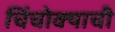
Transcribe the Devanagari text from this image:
चिंचोक्याची